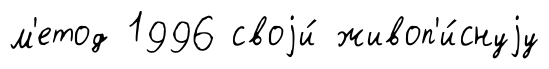
м'етод 1996 своjи́ живоп'и́снуjу